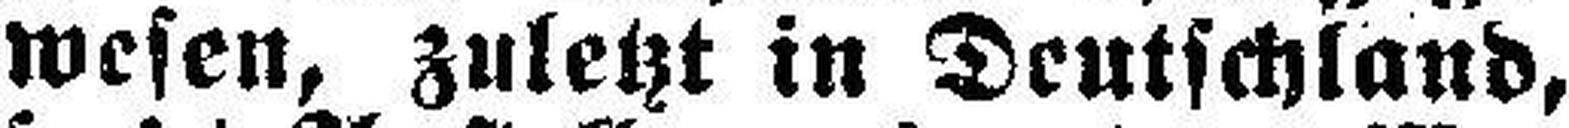
wesen, zuletzt in Deutschland,